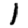
Digit: 1